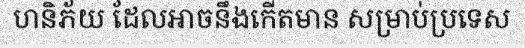
ហនិភ័យ ដែលអាចនឹងកើតមាន សម្រាប់ប្រទេស